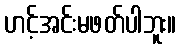
ဟင့်အင်းမဖတ်ပါဘူး။